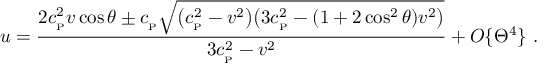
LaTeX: u = { \frac { 2 c _ { _ \mathrm { P } } ^ { 2 } v \cos \theta \pm c _ { _ \mathrm { P } } \sqrt { \big ( c _ { _ \mathrm { P } } ^ { 2 } - v ^ { 2 } \big ) \big ( 3 c _ { _ \mathrm { P } } ^ { 2 } - ( 1 + 2 \cos ^ { 2 } \theta ) v ^ { 2 } \big ) } } { 3 c _ { _ \mathrm { P } } ^ { 2 } - v ^ { 2 } } } + { \cal O } \{ \Theta ^ { 4 } \} \ .